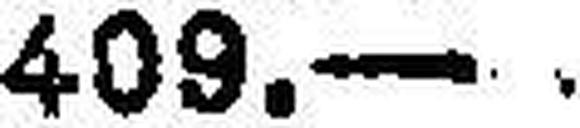
409.—